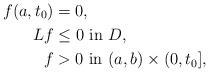
LaTeX: \begin{align*} f(a,t_0)& = 0,\\ Lf &\leq 0 \mbox{ in } D,\\ f &>0 \mbox{ in } (a,b)\times (0,t_0], \end{align*}